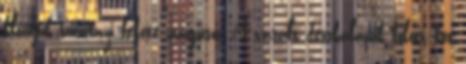
klánjuk tucatnyi fekete mágusa. A vasalt deszkalapok fölött két